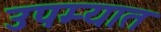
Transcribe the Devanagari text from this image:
उपम्यात